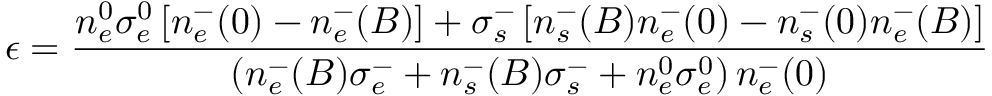
\epsilon = \frac { n _ { e } ^ { 0 } \sigma _ { e } ^ { 0 } \left[ n _ { e } ^ { - } ( 0 ) - n _ { e } ^ { - } ( B ) \right] + \sigma _ { s } ^ { - } \left[ n _ { s } ^ { - } ( B ) n _ { e } ^ { - } ( 0 ) - n _ { s } ^ { - } ( 0 ) n _ { e } ^ { - } ( B ) \right] } { \left( n _ { e } ^ { - } ( B ) \sigma _ { e } ^ { - } + n _ { s } ^ { - } ( B ) \sigma _ { s } ^ { - } + n _ { e } ^ { 0 } \sigma _ { e } ^ { 0 } \right) n _ { e } ^ { - } ( 0 ) }